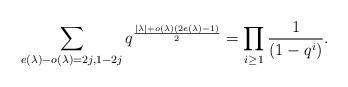
LaTeX: \begin{align*}\sum_{e(\lambda) - o(\lambda) = 2j, 1- 2j} q^{\frac{|\lambda|+o(\lambda)(2e(\lambda)-1)}{2}} = \prod_{i\geq 1} \frac{1}{(1-q^i)}.\end{align*}